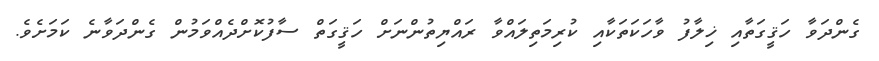
ގެންދަވާ ހަޤީގަތާއި ޚިލާފު ވާހަކަތަކާއި ކުރިމަތިލައްވާ ރައްޔިތުންނަށް ހަޤީގަތް ސާފުކޮށްދެއްވަމުން ގެންދަވާނެ ކަމަށެވެ.